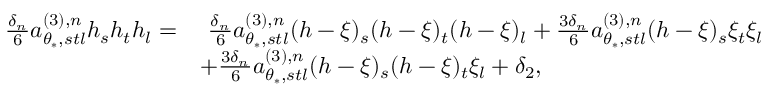
\begin{array} { r l } { \frac { \delta _ { n } } { 6 } a _ { \theta _ { * } , s t l } ^ { ( 3 ) , n } h _ { s } h _ { t } h _ { l } = } & { \ \frac { \delta _ { n } } { 6 } a _ { \theta _ { * } , s t l } ^ { ( 3 ) , n } ( h - \xi ) _ { s } ( h - \xi ) _ { t } ( h - \xi ) _ { l } + \frac { 3 \delta _ { n } } { 6 } a _ { \theta _ { * } , s t l } ^ { ( 3 ) , n } ( h - \xi ) _ { s } \xi _ { t } \xi _ { l } } \\ & { + \frac { 3 \delta _ { n } } { 6 } a _ { \theta _ { * } , s t l } ^ { ( 3 ) , n } ( h - \xi ) _ { s } ( h - \xi ) _ { t } \xi _ { l } + \delta _ { 2 } , } \end{array}